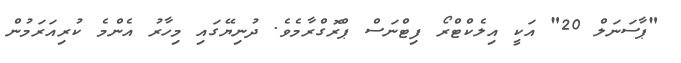
"ޕާސަނަލް 20" އަކީ އިލެކްޓްރޯ ފިޓްނަސް ޕްރޮގްރާމެވެ. ދުނިޔޭގައި މިހާރު އެންމެ ކުރިއަރަމުން